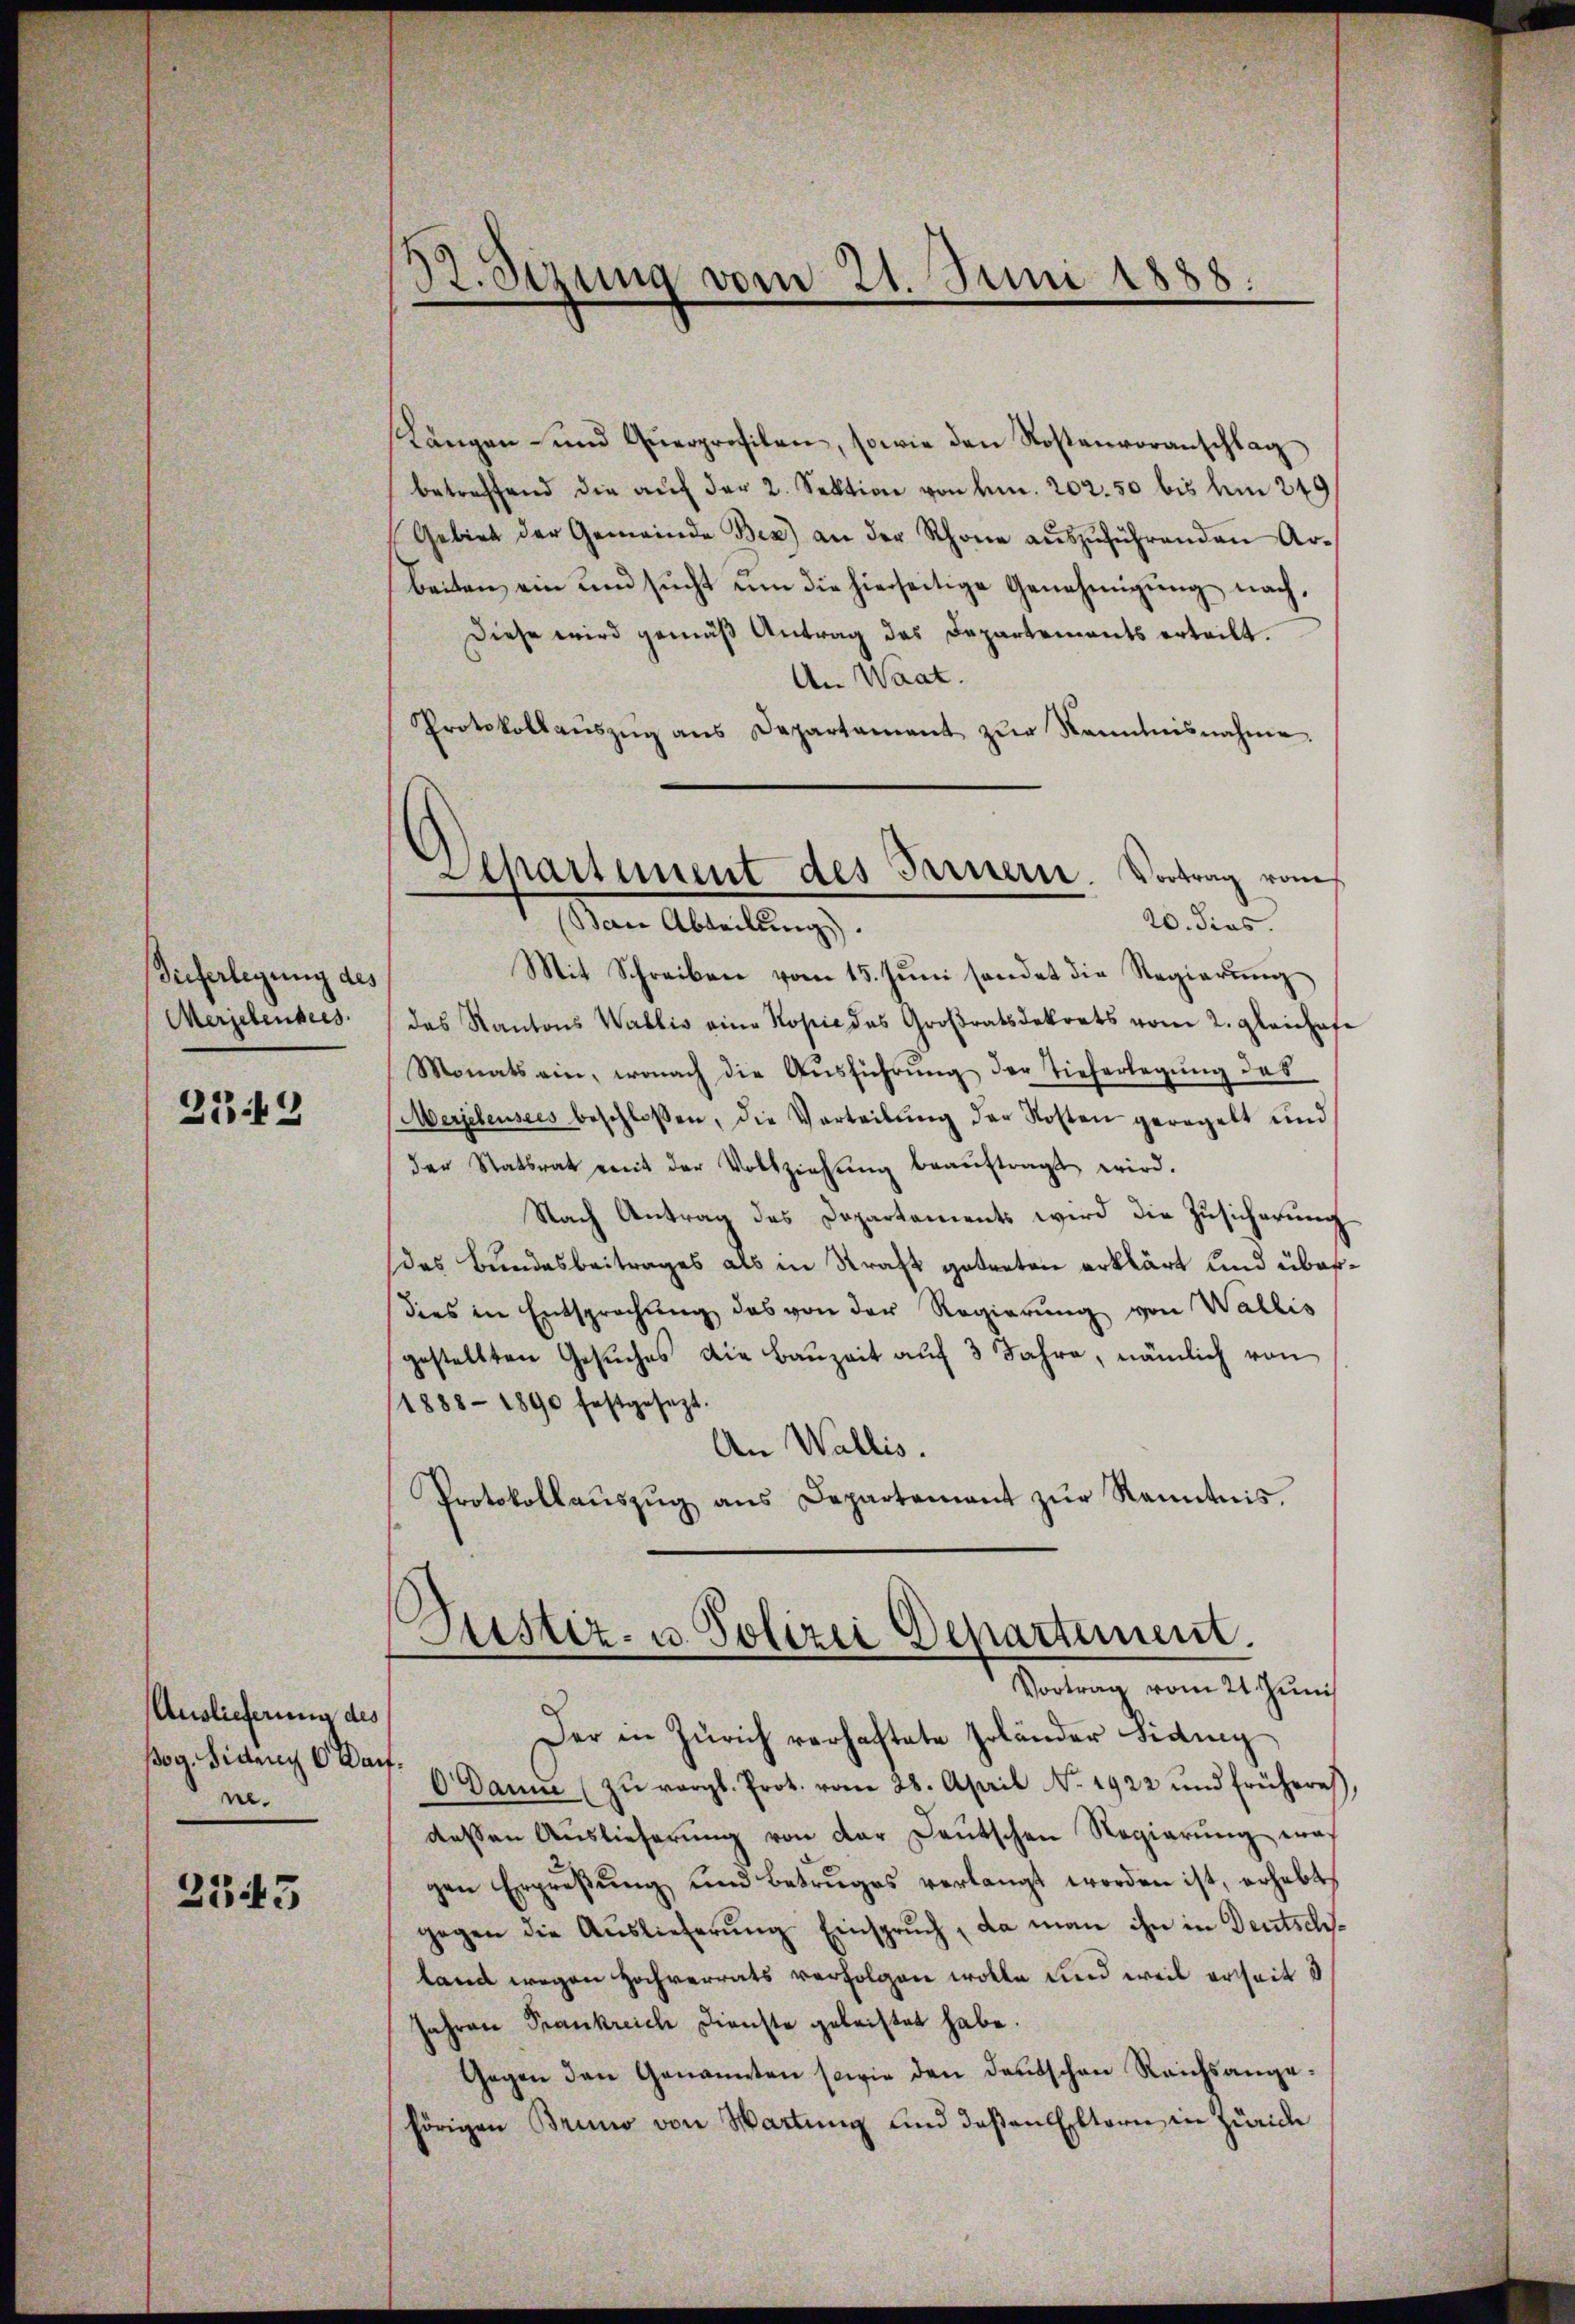
Dieferlegung des
Wergebensees
2349

Auslieferung des
ßog. Sinen 6 Wai
ne.

2543

32. Sizung vom 21. Juni 1888.
e

Departement des Fernern. Vortrag vom
20. dies

Längen und Querprofilen, sowie den Kostenvoranschlag
betreffend die aŭf der 2. Sektion von d. 202. 50 bis am 249
Gebiet der Gemeinde Bez) an der Schöne aŭszŭführenden Ar-
beiten ein und sŭcht ŭm die hierseitige Genehmigŭng nach,
Diese wird gemäß Antrag des Departements erteilt.
An Waat.
Protokollaŭszŭg ans Departement zŭr Kenntnisnahme.
Von Alterlang
Mit Schreiben vom 15. Juni sendet die Regierung
das Kantons Wallis eine Kopie des Großratsdekrets vom 2. gleichaf
Monats ein, wonach die Aŭsführŭng der Tieferlegŭng das
Werjeleusees beschlossen, die Verteilŭng der Kosten geregelt und
der Statsrat mit der Vollziehŭng beaŭftragt wird.
Nach Antrag des Departements wird die Zusicherung
das Bundesbeitrages als in Straß getreten erklärt und überdies in Entsprechung des von der Regierŭng von Wallis
gestellten Gesŭches die Baŭzeit aŭf 3 Jahre, nämlich von
(1888-1890 festgesezt.
An Wallis.
Protokollaŭszŭg ans Departement zŭr Kenntnis.

Justiz- u. Polizei Departement.
Vortrag vom 21. Juni

Der in Zürich verhaftete Zoländer Fiding
t
O Danne (zŭ vergl. Prot. vom 28. April No. 1922 und frühere
dessen Auslieferung von der Deutschen Regierung was
gen Erpreßung und Betruges verlangt worden ist, erhebt,
gegen die Auslieferung Einspruch, da man ihn in Deutschsland wegen Hochverrats verfolgen wolle und weil erheit d
Jahren Frankreich Dienste geleistet habe.
Gegen den Genannten sowie den deutschen Reichsangehörigen Bruno von Wartung und deßen Eltern in Zürich